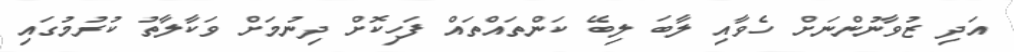
އަދި ޒުވާނުންނަށް ހެވާއި ލާބަ ލިބޭ ކަންތައްތައް ފަހިކޮށް ދިނުމަށް ވަކާލާތު ކުރުމުގައި